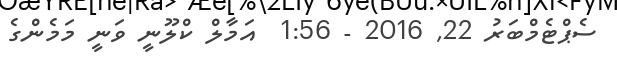
ސެޕްޓެމްބަރު 22